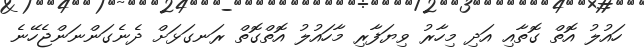
ހައުލު އޮތް ގޮތާއި އަދި މިހާރު ވިޔަފާރި މާހައުލު އޮތްގޮތް ރަނގަޅަށް ދެނެގަންނަންޖެހޭނެ